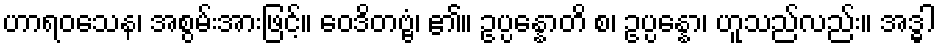
ဟာရဝသေန၊ အစွမ်းအားဖြင့်။ ဝေဒိတဗ္ဗံ၊ ၏။ ဥပ္ပန္နောတိ စ၊ ဥပ္ပန္နော၊ ဟူသည်လည်း။ အဒ္ဓါ